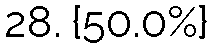
28. {50.0%}